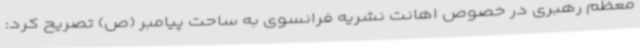
معظم رهبری در خصوص اهانت نشریه فرانسوی به ساحت پیامبر (ص) تصریح کرد: